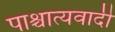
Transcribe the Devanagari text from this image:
पाश्चात्यवादी